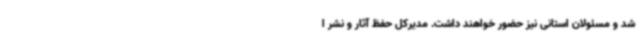
شد و مسئولان استانی نیز حضور خواهند داشت. مدیرکل حفظ آثار و نشر ا